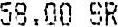
58.00 SR